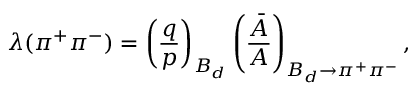
\lambda ( \pi ^ { + } \pi ^ { - } ) = \left( \frac { q } { p } \right) _ { B _ { d } } \left( \frac { \bar { A } } { A } \right) _ { B _ { d } \rightarrow \pi ^ { + } \pi ^ { - } } ,